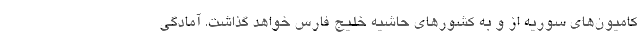
کامیون‌های سوریه از و به کشورهای حاشیه خلیج فارس خواهد گذاشت. آمادگی